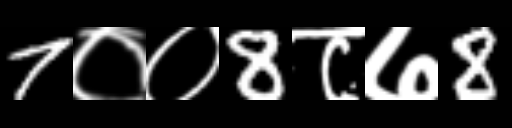
Text: 7००8८७8